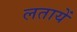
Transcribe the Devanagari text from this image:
लतायें